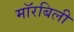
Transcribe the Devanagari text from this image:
मॉरबिली